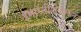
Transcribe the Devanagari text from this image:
इमारतीशेजारून